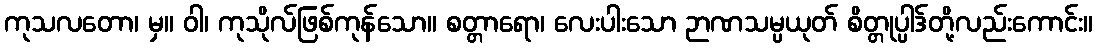
ကုသလတော၊ မှ။ ဝါ၊ ကုသိုလ်ဖြစ်ကုန်သော။ စတ္တာရော၊ လေးပါးသော ဉာဏသမ္ပယုတ် စိတ္တုပ္ပါဒ်တို့လည်းကောင်း။